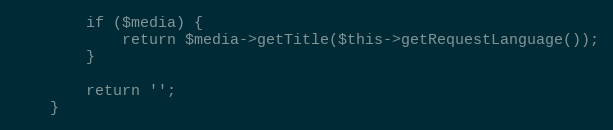
Language: PHP
        if ($media) {
            return $media->getTitle($this->getRequestLanguage());
        }

        return '';
    }